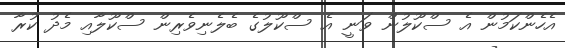
އެހެންކަމުން އެ ސްކޫލުން ވަނީ އެ ސްކޫލުގެ ބެލެނިވެރިން ސްކޫލާއި މެދު ކުރާ